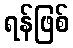
ရန်ဖြစ်